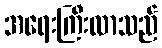
အရေးကြီးလာသည်